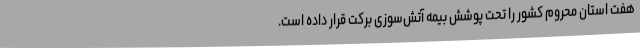
هفت استان محروم کشور را تحت پوشش بیمه آتش‌سوزی برکت قرار داده است.